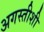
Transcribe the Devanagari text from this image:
अगस्तीशी